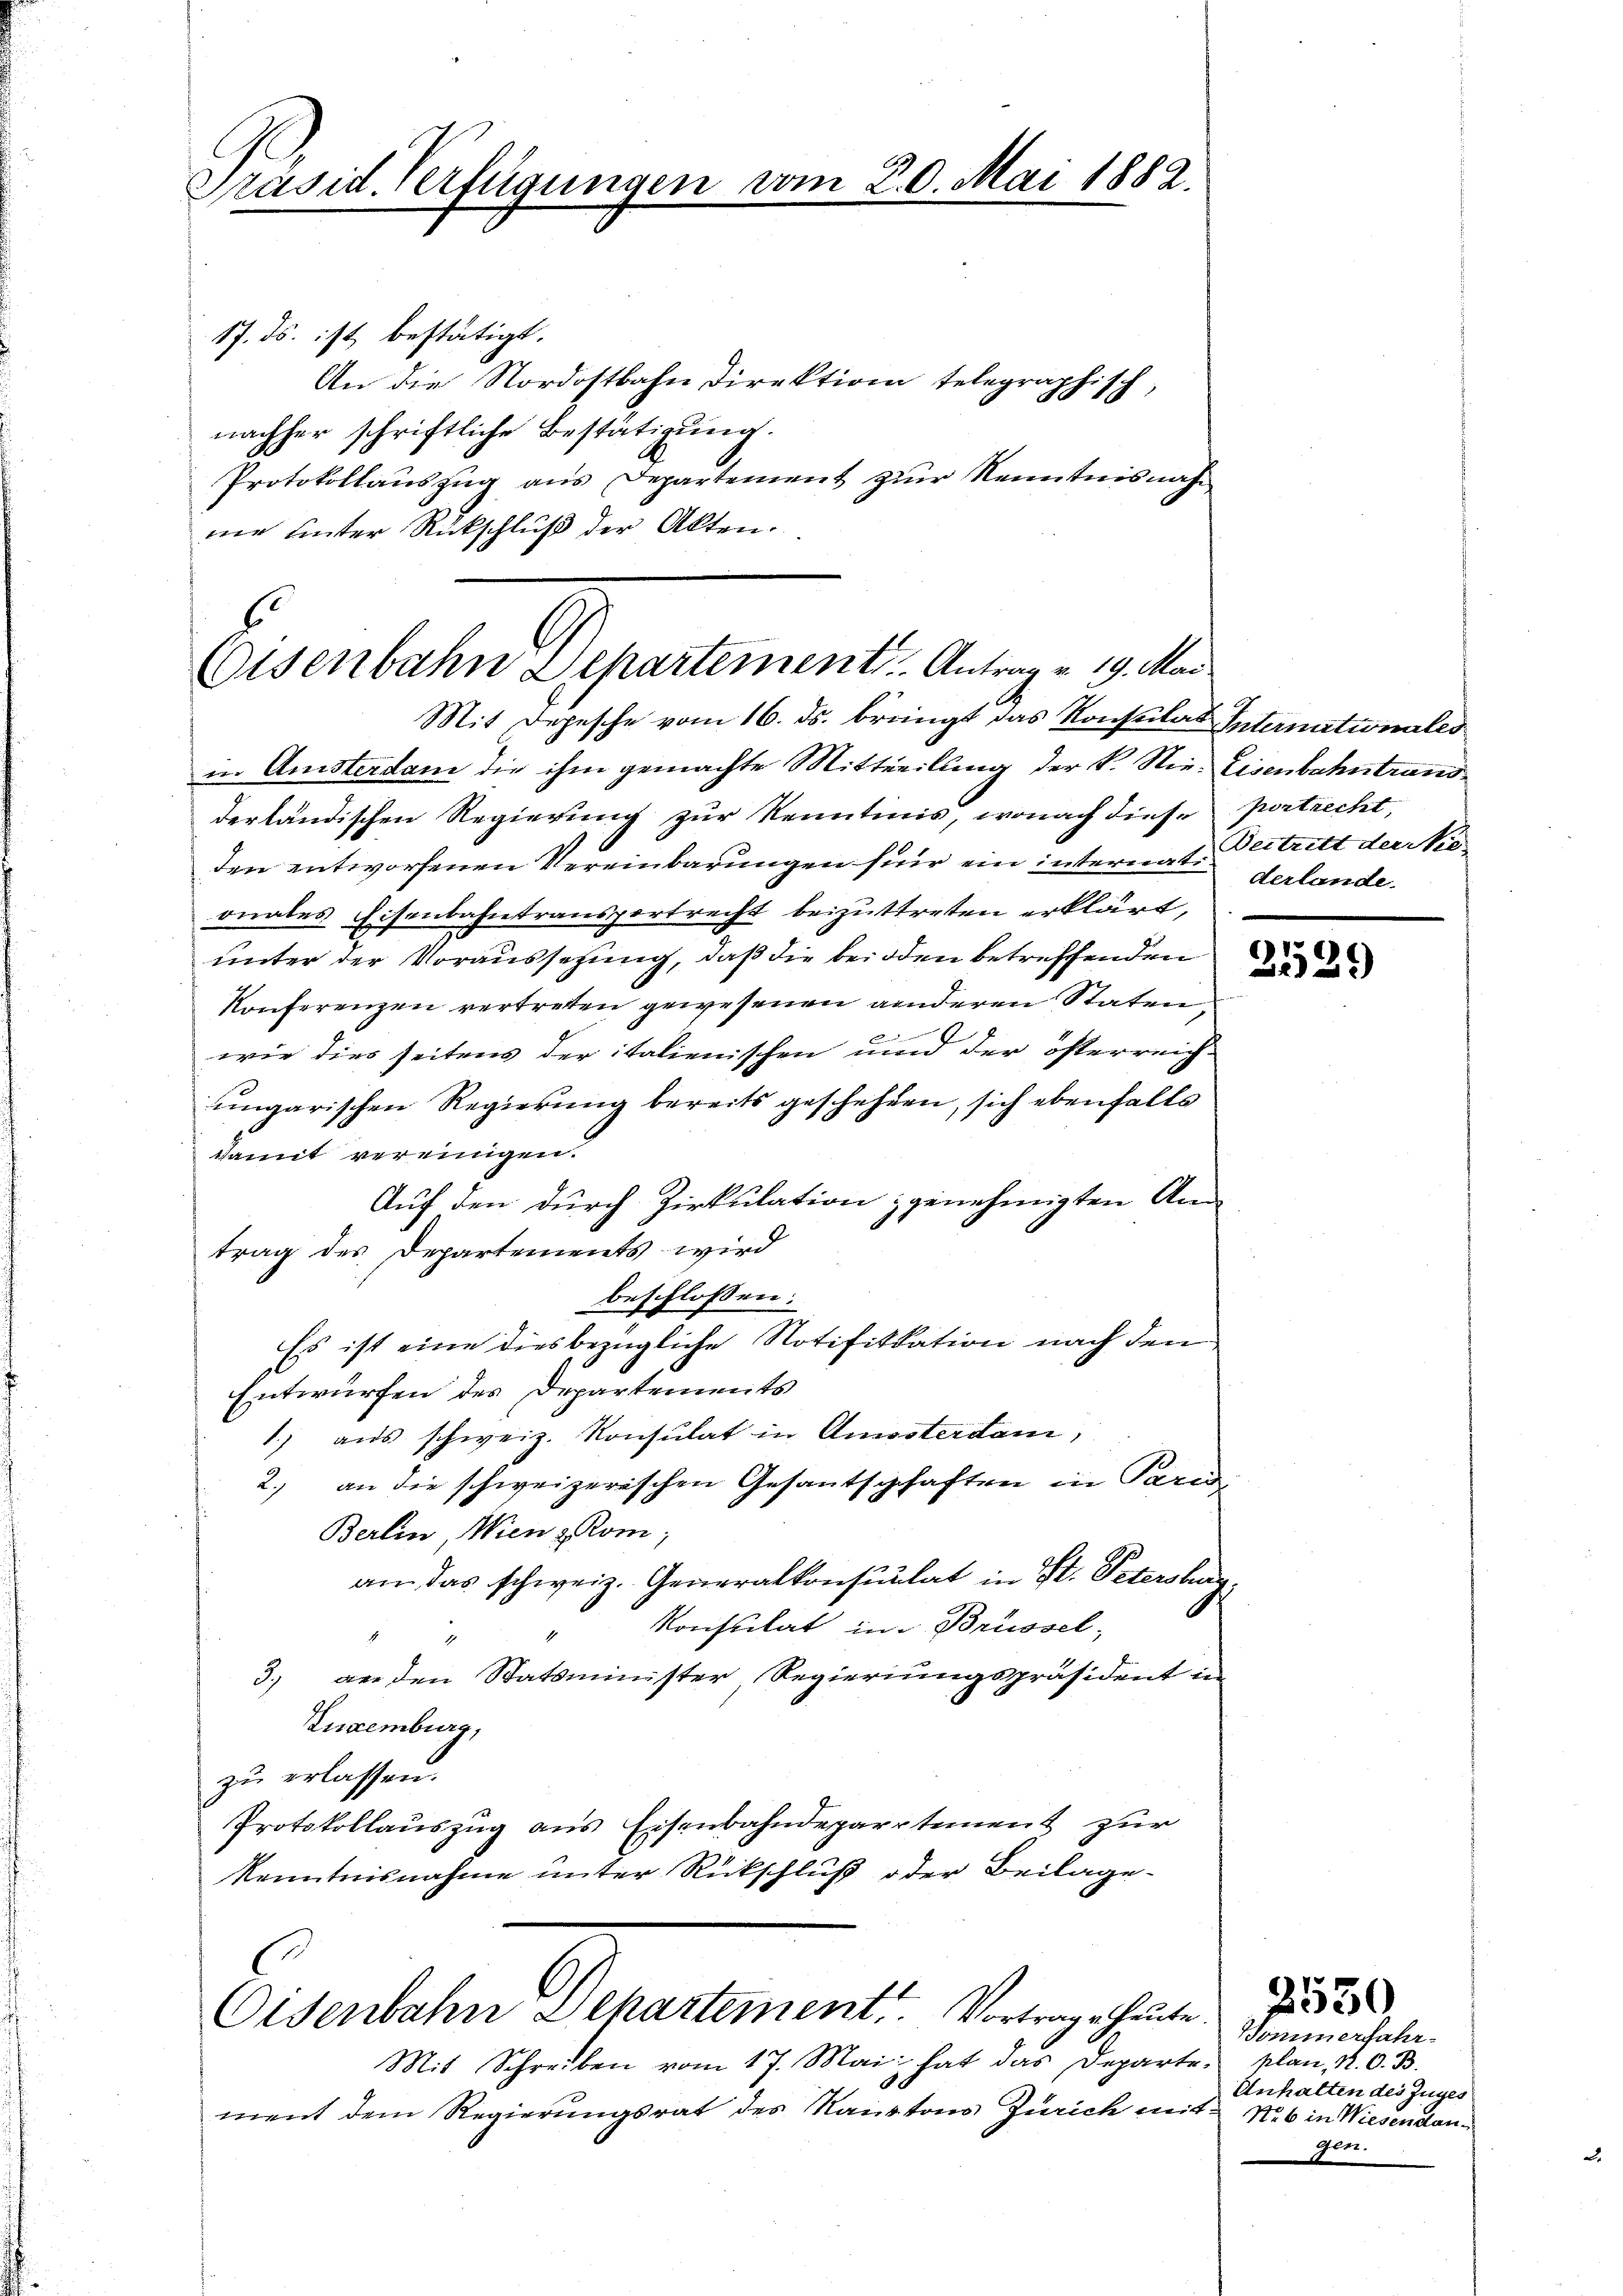
Präsid. Verfügungen vom 20. Mai 1882.

17. ds. ist bestätigt.
An die Nordostbahn Direktion telegraphisch,
nachher schriftliche Bestätigŭng.
Protokollauszug aus Departement zur Kenntnisnahme unter Rückschluß der Akten.

Eisenbahn Departements. Antrag v. 19. Mai.
Mit Depesche vom 16. ds. bringt das Konstitat Intermationales

in Ansterdam die ihm gemachte Mittweilung der K. Nie. Eisenbahntrans
derländischen Regierung zur Kenntinis, wonach diese postrecht,
den entworfenen Vereinbarungen für ein internat. Vertritt der Nieonales Eisenbahntransportrecht beizutreten erklärt,
unter der Voraussetzung, daß die bei den betreffenden
Konferenzen vertreten gewesenen anderen Staten,
wie dies seitens der italienischen und der österreich-
ungarischen Regierung bereits geschehen, sich ebenfalls
damit vereinigen.
Auf den durch Zirkulation genehmigten An-
trag des Departements wird
beschlossen:
Es ist eine diesbezügliche Notifikation nach den
Entwürfen des Departements
1) aus schweiz. Konsulat in Amsterdam,
2.) an die schweizerischen Gesantschaften in Paris
Berlin, Wien z. Kom;
an das schweiz. Generalkonsulat in St. Peterstung,
Konsulat in Brüssel,
4

3.) an den Statsminister Regierungspräsident in
Zuxemburg,
zŭ erlassen.
Protokollauszug aus Eisenbahndepartement zur
Kenntnisnahme unter Rückschluß oder Beilage

Eisenbahn Departement. Vortrage heute

Mit Schreiben vom 17. Mai hat das Departe plan. N. O. B.
00
ment dem Regierungsrat des Kantons Zürich mit Nob in Wiesendan¬

derlande

2529)

Donnerfahr-
Anhalten des Zuges
Per